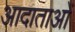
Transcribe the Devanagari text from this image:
आदाताओं